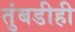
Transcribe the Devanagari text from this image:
तुंबडीही